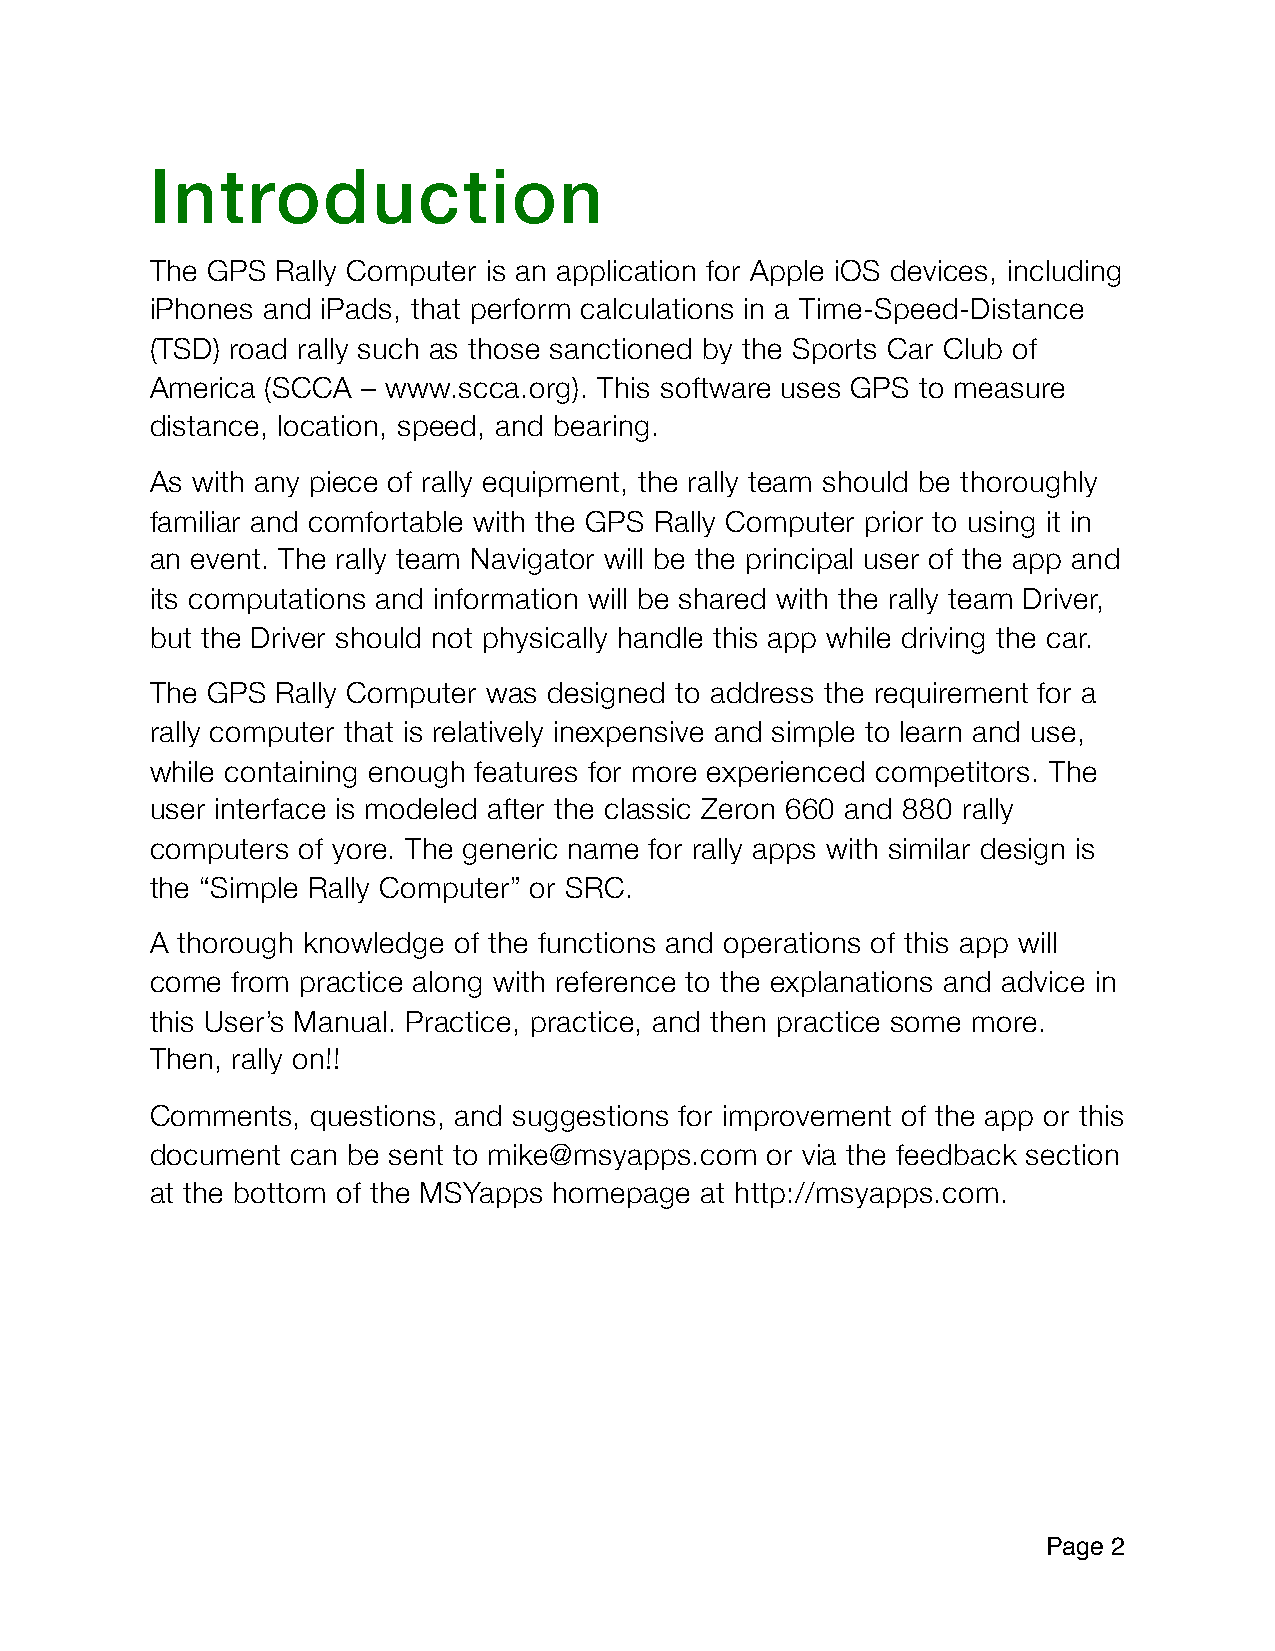
Introduction
 The GPS Rally Computer is an application for Apple iOS devices, including
 iPhones and iPads, that perform calculations in a Time-Speed-Distance
 (TSD) road rally such as those sanctioned by the Sports Car Club of
 America (SCCA – www.scca.org). This software uses GPS to measure
 distance, location, speed, and bearing.
 As with any piece of rally equipment, the rally team should be thoroughly
 familiar and comfortable with the GPS Rally Computer prior to using it in
 an event. The rally team Navigator will be the principal user of the app and
 its computations and information will be shared with the rally team Driver,
 but the Driver should not physically handle this app while driving the car.
 The GPS Rally Computer was designed to address the requirement for a
 rally computer that is relatively inexpensive and simple to learn and use,
 while containing enough features for more experienced competitors. The
 user interface is modeled after the classic Zeron 660 and 880 rally
 computers of yore. The generic name for rally apps with similar design is
 the “Simple Rally Computer” or SRC.
 A thorough knowledge of the functions and operations of this app will
 come from practice along with reference to the explanations and advice in
 this User’s Manual. Practice, practice, and then practice some more.
 Then, rally on!!
 Comments,  questions, and suggestions for improvement of the app or this
 document can be sent to mike@msyapps.com or via the feedback section
 at the bottom of the MSYapps homepage at http://msyapps.com.
 Page 2